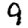
Digit: 9